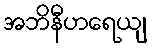
အဘိနီဟရေယျ